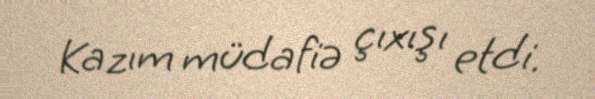
Kazım müdafiə çıxışı etdi.